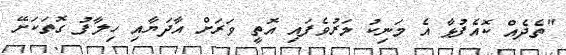
"ތެދެއް ކޮއެފުޅާ އެ މަނިކު މަރުވެފައި އޮތީ ވަރަށް އާދަޔާއި ހިލާފު ގޮތަކަށޭ